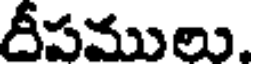
దీపములు.